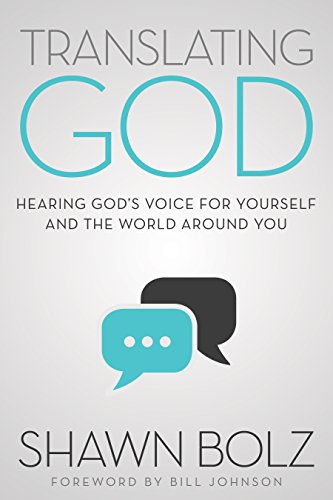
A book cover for Translating God: Hearing God's Voice For Yourself And The World Around You; Shawn Bolz; Christian Books & Bibles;